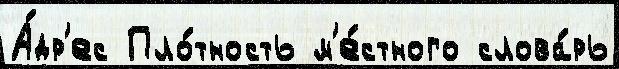
А́др'ес Пло́тность м'е́стного слова́рь